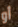
أو